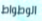
الوطواط